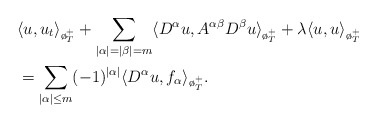
\begin{align*}&\langle u,u_t\rangle_{\o_T^+}+\sum_{|\alpha|= |\beta|= m}\langle D^\alpha u, A^{\alpha\beta}D^\beta u\rangle_{\o_T^+}+\lambda \langle u,u\rangle_{\o_T^+}\\&=\sum_{|\alpha|\le m}(-1)^{|\alpha|} \langle D^\alpha u,f_\alpha \rangle_{\o_T^+}.\end{align*}